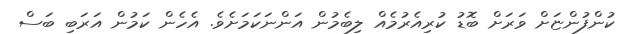
ކުންފުންޏަށް ވަރަށް ބޮޑު ކުރިއެރުމެއް ލިބެމުން އަންނަކަމަށެވެ. އެހެން ކަމުން އަރަބި ބަސް